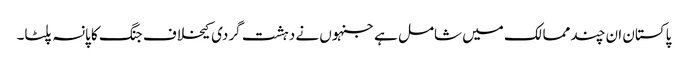
پاکستان ان چند ممالک میں شامل ہے جنہوں نے دہشت گردی کیخلاف جنگ کا پانسہ پلٹا۔